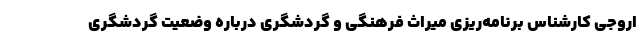
اروجی کارشناس برنامه‌ریزی میراث فرهنگی و گردشگری درباره وضعیت گردشگری